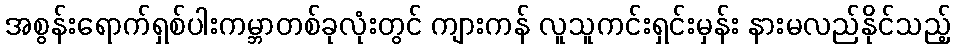
အစွန်းရောက်ရှစ်ပါးကမ္ဘာတစ်ခုလုံးတွင် ကျားကန် လူသူကင်းရှင်းမှန်း နားမလည်နိုင်သည့်